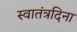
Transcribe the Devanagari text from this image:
स्वातंत्रदिना